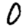
Digit: 0